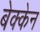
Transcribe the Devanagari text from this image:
बेक्केन